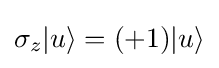
\sigma _{z}|u\rangle =(+1)|u\rangle